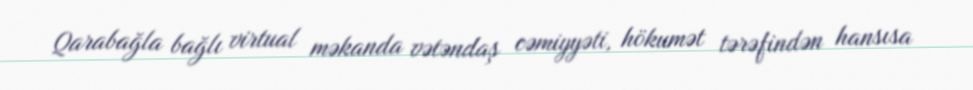
Qarabağla bağlı virtual məkanda vətəndaş cəmiyyəti, hökumət tərəfindən hansısa